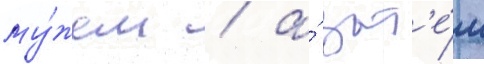
му́жем / а́ зат'е́м